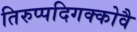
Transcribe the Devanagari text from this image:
तिरुप्पदिगक्कोवै